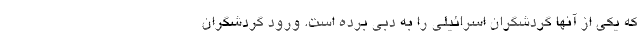
که یکی از آنها گردشگران اسرائیلی را به دبی برده است. ورود گردشگران